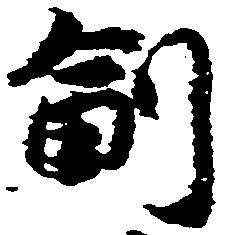
副